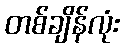
တစ်ချိန်လုံး